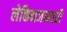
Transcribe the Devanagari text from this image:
लेकिनजनवरी